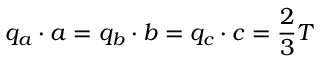
q _ { a } \cdot a = q _ { b } \cdot b = q _ { c } \cdot c = { \frac { 2 } { 3 } } T